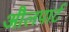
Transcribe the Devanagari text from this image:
औलपार्ट